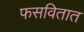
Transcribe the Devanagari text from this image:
फसवितात